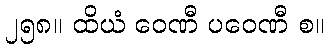
၂၅၈။ ထိယံ ဝေဏီ ပဝေဏီ စ။